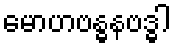
မောဟဗန္ဓနဗဒ္ဓါ